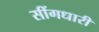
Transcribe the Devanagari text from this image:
सींगधारी